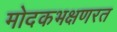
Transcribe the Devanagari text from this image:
मोदकभक्षणरत